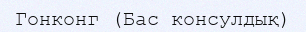
Гонконг (Бас консулдық)